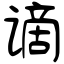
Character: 谪